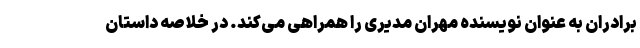
برادران به عنوان نویسنده مهران مدیری را همراهی می‌کند. در خلاصه داستان